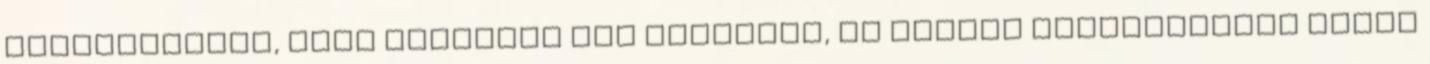
megoldásokat, amik másoknál már működtek, és amiket eredményesen tudsz